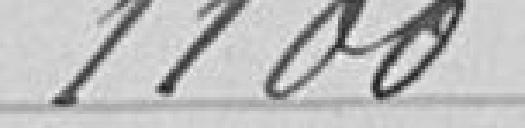
1100